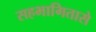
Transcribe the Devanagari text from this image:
सहभागितासे